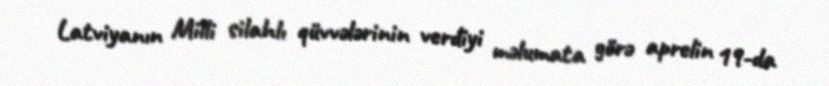
Latviyanın Milli silahlı qüvvələrinin verdiyi məlumata görə aprelin 19-da